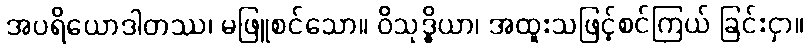
အပရိယောဒါတဿ၊ မဖြူစင်သော။ ဝိသုဒ္ဓိယာ၊ အထူးသဖြင့်စင်ကြယ် ခြင်းငှာ။